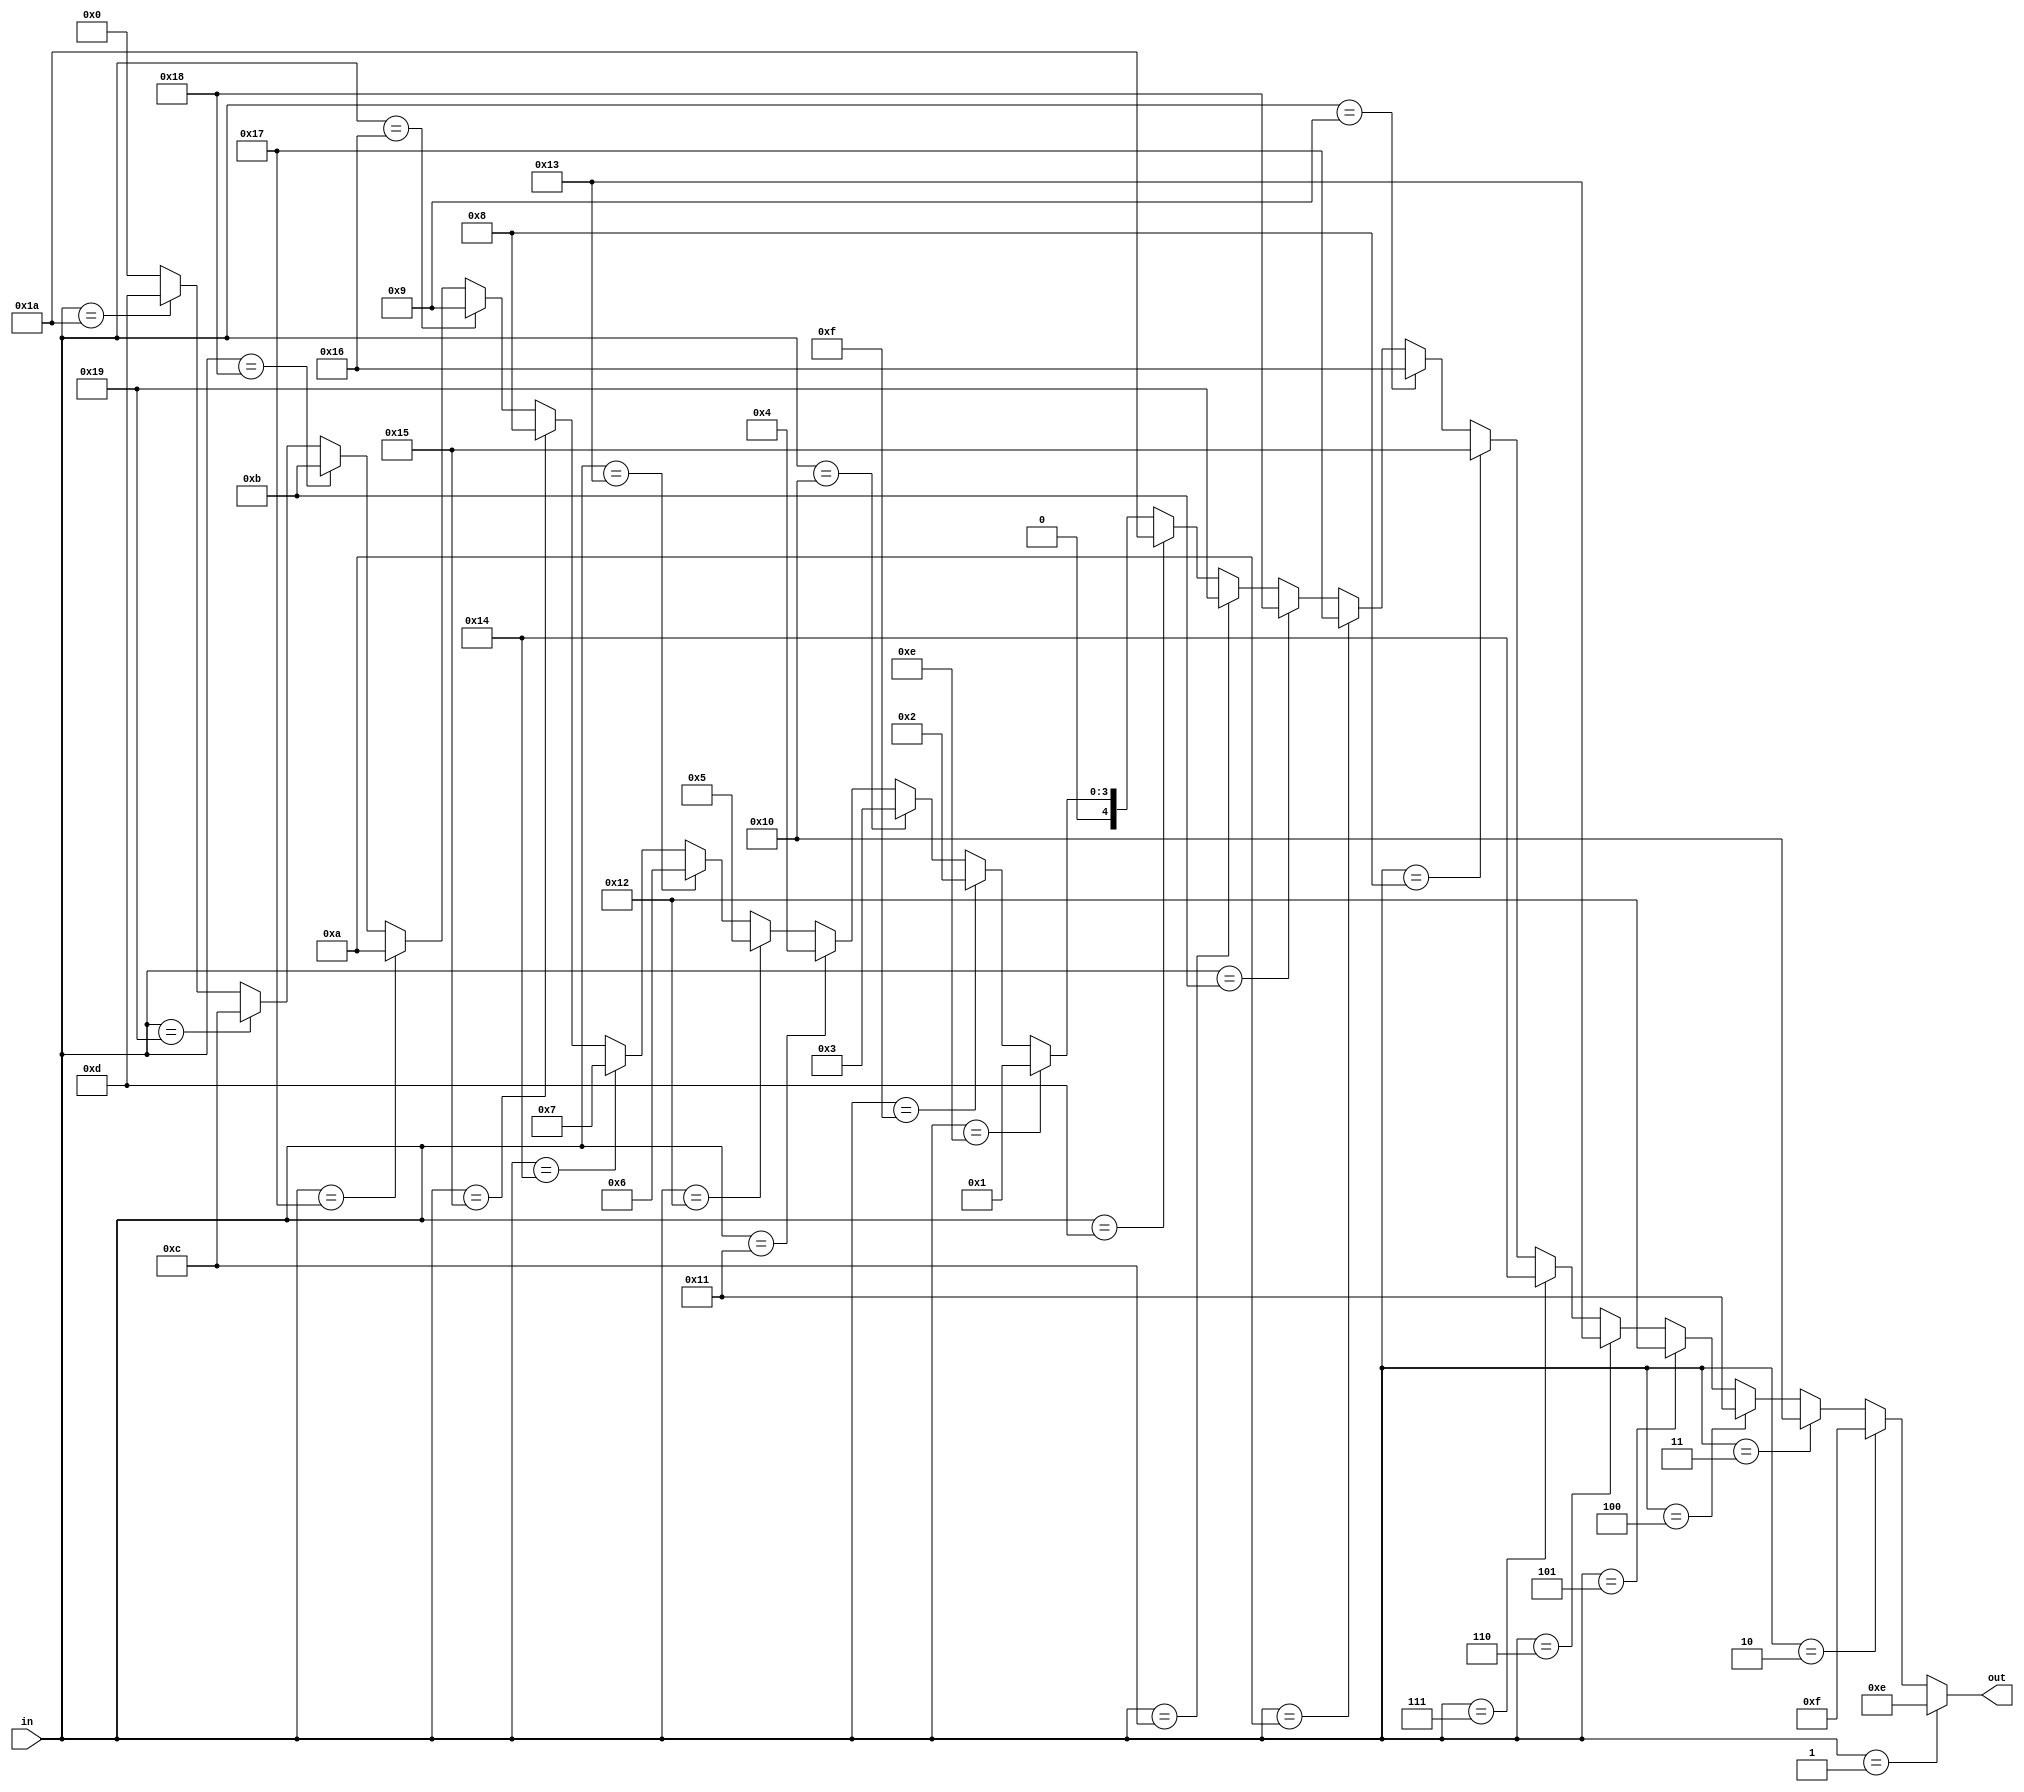
// This is the reflector part of the enigma machine.
// It reflects one signal to another signal.
// Similar to a rotor but can't rotate.

module reflector(out, in);
    output [4:0] out;
    input [4:0] in;

    reg [4:0] out;
    always @(in)
    begin
      	if (in == 5'd1) begin
		  out = 5'd14;
		end else if (in == 5'd2) begin
		  out = 5'd15;
		end else if (in == 5'd3) begin
		  out = 5'd16;
		end else if (in == 5'd4) begin
		  out = 5'd17;
		end else if (in == 5'd5) begin
		  out = 5'd18;
		end else if (in == 5'd6) begin
		  out = 5'd19;
		end else if (in == 5'd7) begin
		  out = 5'd20;
		end else if (in == 5'd8) begin
		  out = 5'd21;
		end else if (in == 5'd9) begin
		  out = 5'd22;
		end else if (in == 5'd10) begin
		  out = 5'd23;
		end else if (in == 5'd11) begin
		  out = 5'd24;
		end else if (in == 5'd12) begin
		  out = 5'd25;
		end else if (in == 5'd13) begin
		  out = 5'd26;
		end else if (in == 5'd14) begin
		  out = 5'd1;
		end else if (in == 5'd15) begin
		  out = 5'd2;
		end else if (in == 5'd16) begin
		  out = 5'd3;
		end else if (in == 5'd17) begin
		  out = 5'd4;
		end else if (in == 5'd18) begin
		  out = 5'd5;
		end else if (in == 5'd19) begin
		  out = 5'd6;
		end else if (in == 5'd20) begin
		  out = 5'd7;
		end else if (in == 5'd21) begin
		  out = 5'd8;
		end else if (in == 5'd22) begin
		  out = 5'd9;
		end else if (in == 5'd23) begin
		  out = 5'd10;
		end else if (in == 5'd24) begin
		  out = 5'd11;
		end else if (in == 5'd25) begin
		  out = 5'd12;
		end else if (in == 5'd26) begin
		  out = 5'd13;
        end else begin
          out = 5'd0;
        end
    end

endmodule